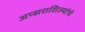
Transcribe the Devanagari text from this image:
अप्सराशिल्पांचे